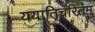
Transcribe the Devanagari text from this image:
ययातिचरितमु